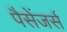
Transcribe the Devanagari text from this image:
पैसेंजर्स